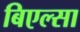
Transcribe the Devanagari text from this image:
बिएल्सा